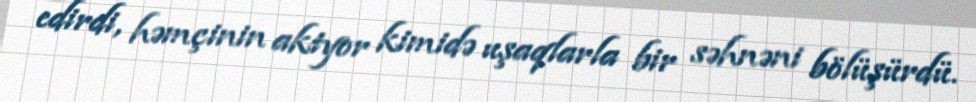
edirdi, həmçinin aktyor kimidə uşaqlarla bir səhnəni bölüşürdü.